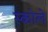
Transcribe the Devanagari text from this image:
स्कोले